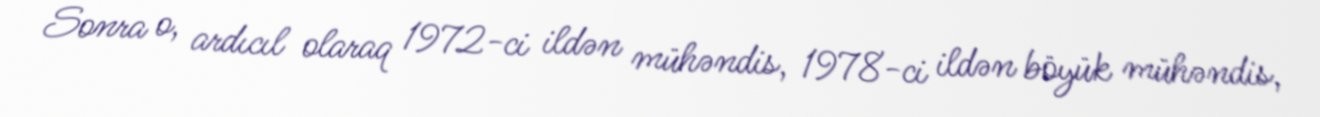
Sonra o, ardıcıl olaraq 1972-ci ildən mühəndis, 1978-ci ildən böyük mühəndis,